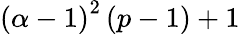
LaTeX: \left(\alpha-1\right)^{2}\left(p-1\right)+1